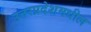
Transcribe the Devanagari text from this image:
उत्तरप्रदेशमधील